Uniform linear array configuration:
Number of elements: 4
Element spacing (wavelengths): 1
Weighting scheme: blackman
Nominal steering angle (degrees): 45
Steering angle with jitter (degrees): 44.094
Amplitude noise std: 0.05
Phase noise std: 0.05

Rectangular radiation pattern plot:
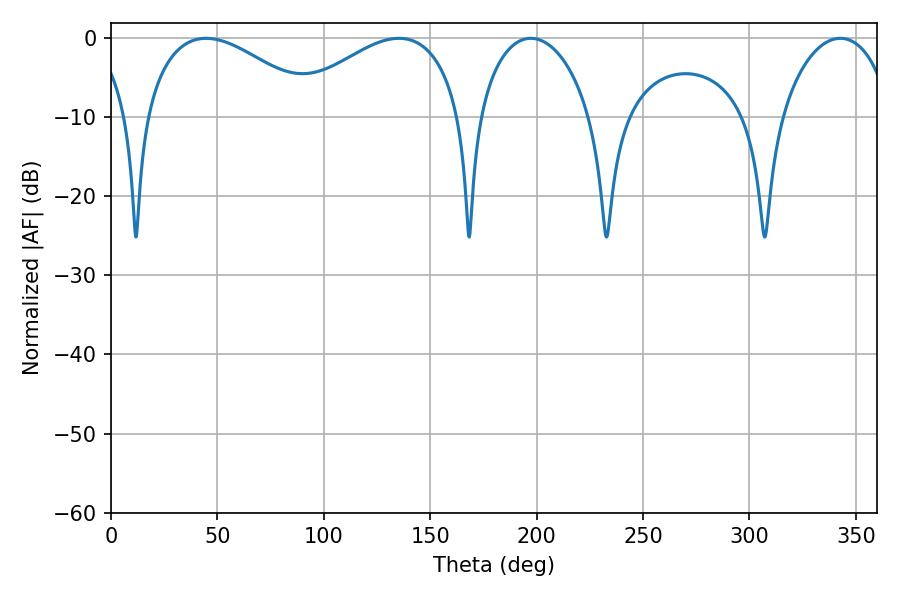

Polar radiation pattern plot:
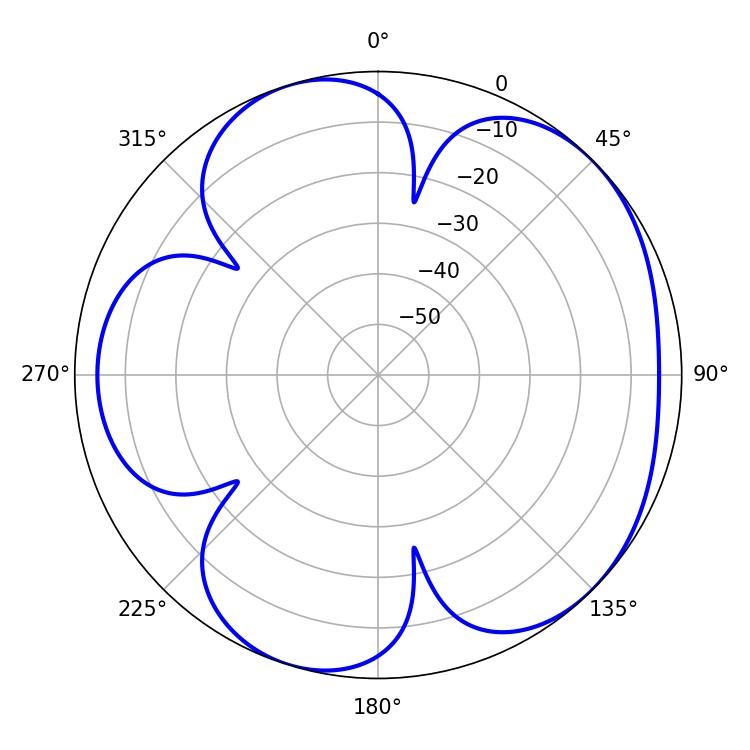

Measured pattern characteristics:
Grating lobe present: TRUE
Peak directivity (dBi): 4.972
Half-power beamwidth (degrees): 30.42
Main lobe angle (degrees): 197.28